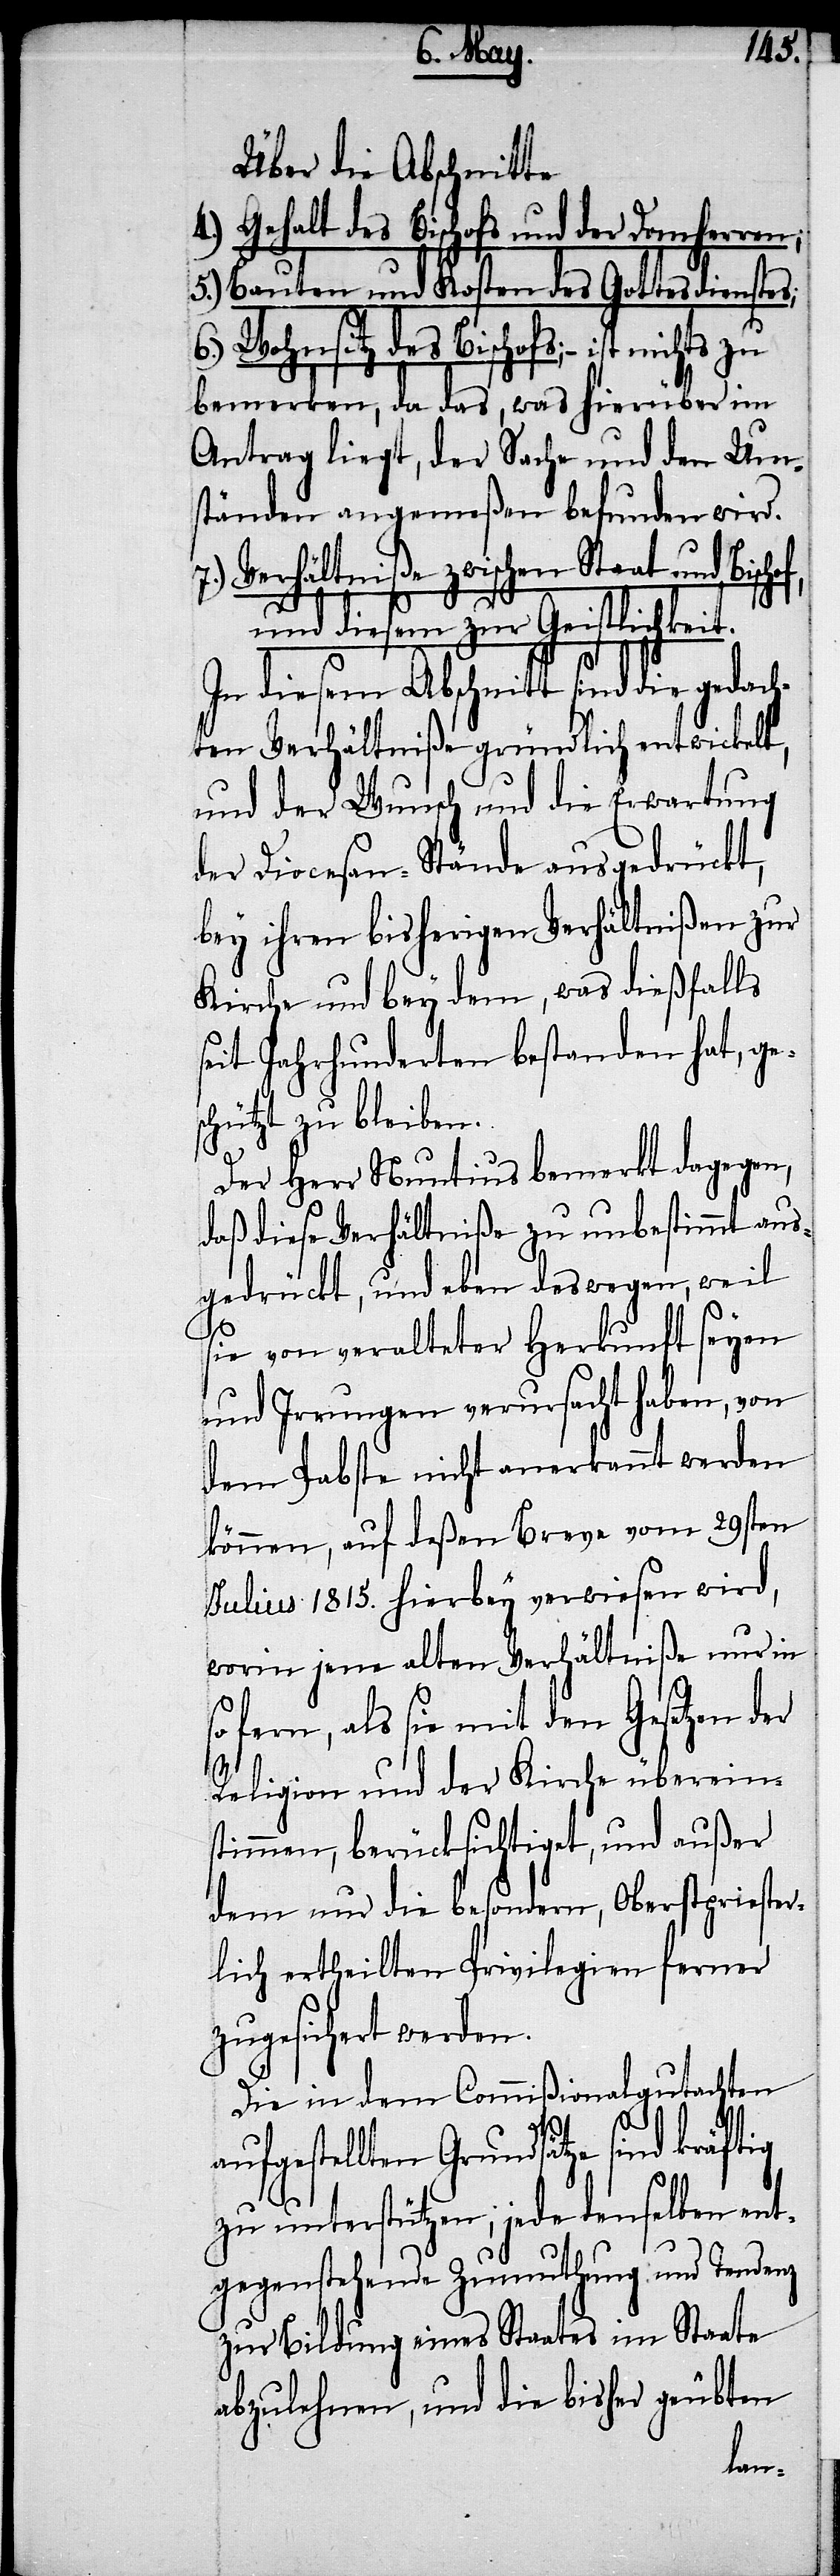
Über die Abschnitte
4.) Gehalt des Bischofs und der Domherren;
5.) Bauten und Kosten des Gottesdienstes;
6.) Wohnsitz des Bischofs; – ist nichts
bemerken, da das, was hierüber im
Antrag liegt, der Sache und den Um¬
ständen angemeßen befunden wird.
7. Verhältniße zwischen Staat und
und diesem zur Geistlichkeit.
In diesem Abschnitt sind die ge¬
ten Verhältniße gründlich entwickelt,
und der Wunsch und die Erwartung
der Diocesan-Stände ausgedrückt,
bey ihren bisherigen Verhältnißen zur
Kirche und bey dem, was dießfalls
seit Jahrhunderten bestanden hat, ge¬
schützt zu bleiben.
Der Herr Nuntius bemerkt dagegen,
daß diese Verhältniße zu unbestimmt aus¬
gedrückt, und eben deswegen, weil
sie von veralteter Herkunft seyen
und Irrungen verursacht haben, von
dem Pabste nicht anerkannt werden
können, auf deßen Breve vom 29sten
Julius 1815. hierbey verwiesen wird,
worin jene alten Verhältniße nur in
so fern, als sie mit den Gesetzen der
Religion und der Kirche übereins¬
timmen, berücksichtiget, und außer
dem nur die besondern, Oberstpriester¬
lich ertheilten Privilegien ferner
zugesichert werden.
Die in dem Commißionalgutachten
aufgestellten Grundsätze sind kräftig
zu unterstützen, jede denselben ent¬
gegenstehende Zumuthung und Tendenz
zur Bildung eines Staates im Staate
abzulehnen, und die bisher geübten
dach¬